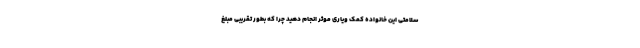
سلامتی این خانواده کمک ویاری موثر انجام دهید چرا که بطور تقریبی مبلغ